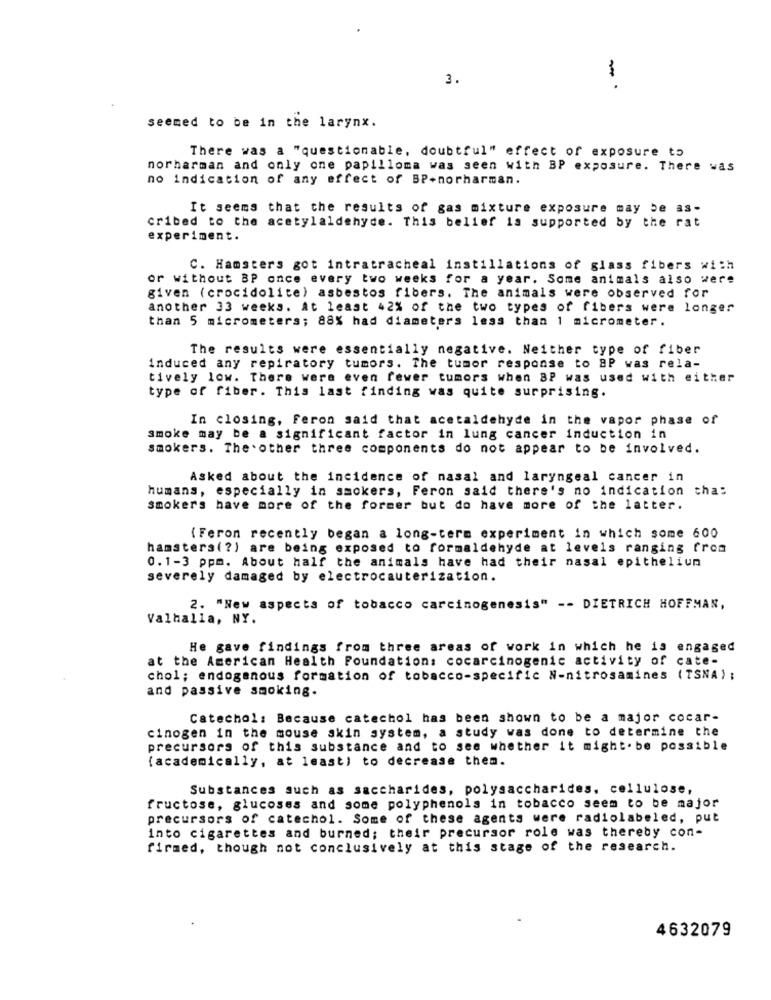
3.
1
seemed to be in the larynx.
There was a "questionable, doubtful" effect of exposure to
norharman and only one papilloma was seen with BP exposure. There was
no indication of any effect of BP-norharman.
It seems that the results of gas mixture exposure may be as-
cribed to the acetylaldehyde. This belief is supported by the rat
experiment.
C. Hamsters got intratracheal instillations of glass fibers with
or without BP once every two weeks for a year. Some animals also were
given (crocidolite) asbestos fibers. The animals were observed for
another 33 weeks. At least 42% of the two types of fibers were longer
than 5 micrometers; 88% had diameters less than 1 micrometer.
The results were essentially negative. Neither type of fiber
induced any repiratory tumors. The tumor response to BP was rela-
tively low. There were even fewer tumors when BP was used with either
type of fiber. This last finding was quite surprising.
In closing, Feron said that acetaldehyde in the vapor phase of
smoke may be a significant factor in lung cancer induction in
smokers. The other three components do not appear to be involved.
Asked about the incidence of nasal and laryngeal cancer in
humans, especially in smokers, Feron said there's no indication tha:
smokers have more of the former but do have more of the latter.
(Feron recently began a long-term experiment in which some 600
hamsters(?) are being exposed to formaldehyde at levels ranging from
0.1-3 ppm. About half the animals have had their nasal epithelium
severely damaged by electrocauterization.
2. "New aspects of tobacco carcinogenesis" -- DIETRICH HOFFMAN,
Valhalla, NY.
He gave findings from three areas of work in which he is engaged
at the American Health Foundation: cocarcinogenic activity of cate-
chol; endogenous formation of tobacco-specific N-nitrosamines (TSNA) ;
and passive smoking.
Catechol: Because catechol has been shown to be a major cocar-
cinogen in the mouse skin system, a study was done to determine the
precursors of this substance and to see whether it might.be possible
( academically, at least) to decrease them.
Substances such as saccharides, polysaccharides, cellulose,
fructose, glucoses and some polyphenols in tobacco seem to be major
precursors of catechol. Some of these agents were radiolabeled, put
into cigarettes and burned; their precursor role was thereby con-
firmed, though not conclusively at this stage of the research.
4632079